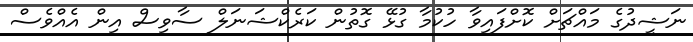
ނަޝީދުގެ މައްޗަށް ކޮށްފައިވާ ހުކުމާ ގުޅޭ ގޮތުން ކަރެކްޝަނަލް ސާވިސް އިން އެއްވެސް